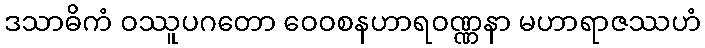
ဒသာဓိကံ ဝဿူပဂတော ဝေဝစနဟာရဝဏ္ဏနာ မဟာရာဇဿဟံ